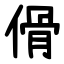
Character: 傦